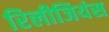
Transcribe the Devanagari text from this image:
रिलीजियंस